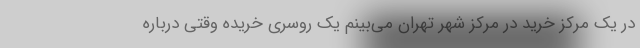
در یک مرکز خرید در مرکز شهر تهران می‌بینم یک روسری خریده وقتی درباره